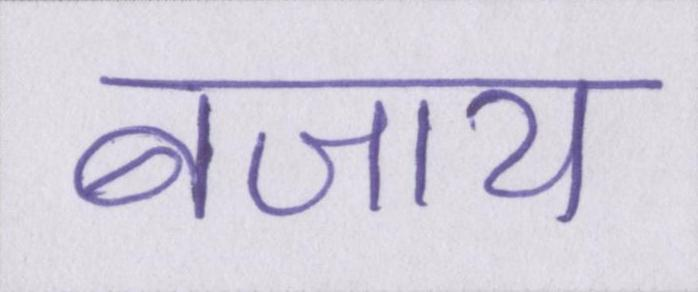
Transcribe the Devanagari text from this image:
बजाय